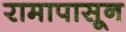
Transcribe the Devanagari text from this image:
रामापासून